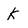
Character: K